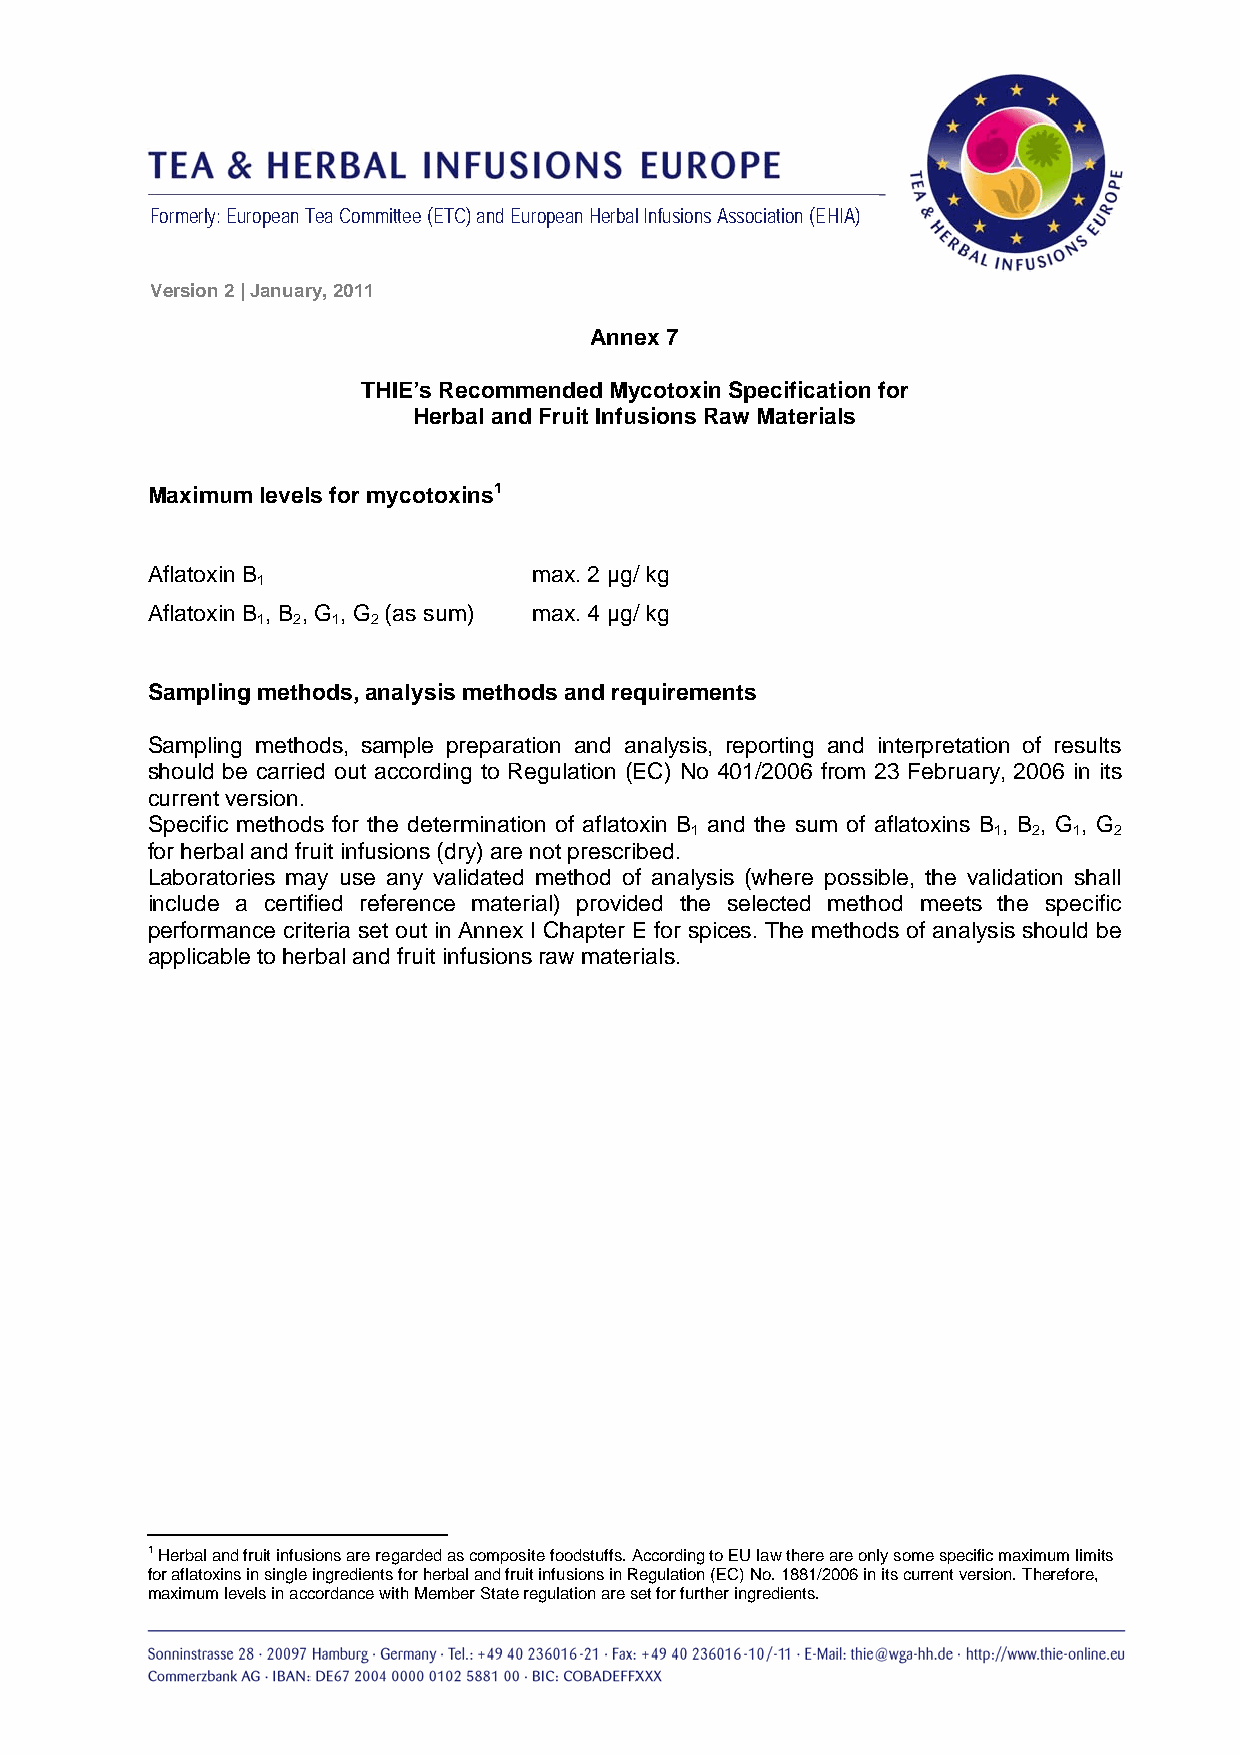
Formerly: European Tea Committee (ETC) and European Herbal Infusions Association (EHIA)
 Version 2 | January, 2011
 Annex 7
 THIE’s Recommended Mycotoxin Specification for
 Herbal and Fruit Infusions Raw Materials
 Maximum levels for mycotoxins1
 Aflatoxin B              max. 2 µg/ kg
 1
 Aflatoxin B , B , G , G (as sum) max. 4 µg/ kg
 1 2  1  2
 Sampling methods, analysis methods and requirements
 Sampling methods, sample preparation and analysis, reporting and interpretation of results
 should be carried out according to Regulation (EC) No 401/2006 from 23 February, 2006 in its
 current version.
 Specific methods for the determination of aflatoxin B and the sum of aflatoxins B , B , G , G
 1                   1 2  1  2
 for herbal and fruit infusions (dry) are not prescribed.
 Laboratories may use any validated method of analysis (where possible, the validation shall
 include a certified reference material) provided the selected method meets the specific
 performance criteria set out in Annex I Chapter E for spices. The methods of analysis should be
 applicable to herbal and fruit infusions raw materials.
 1 Herbal and fruit infusions are regarded as composite foodstuffs. According to EU law there are only some specific maximum limits
 for aflatoxins in single ingredients for herbal and fruit infusions in Regulation (EC) No. 1881/2006 in its current version. Therefore,
 maximum levels in accordance with Member State regulation are set for further ingredients.